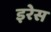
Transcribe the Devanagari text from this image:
इरेस